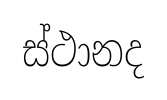
ස්ථානද